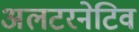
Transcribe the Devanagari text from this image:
अलटरनेटिव